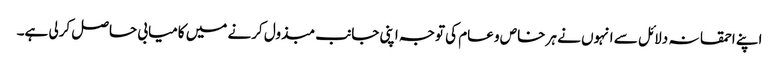
اپنے احمقانہ دلائل سے انہوں نے ہر خاص و عام کی توجہ اپنی جانب مبذول کرنے میں کامیابی حاصل کرلی ہے۔